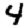
Digit: 4